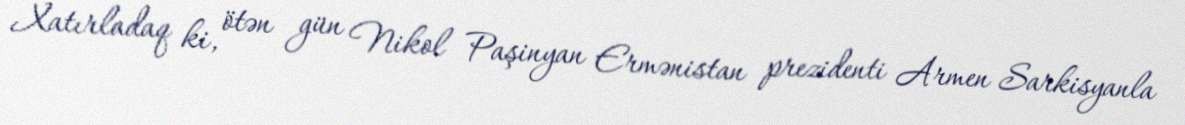
Xatırladaq ki, ötən gün Nikol Paşinyan Ermənistan prezidenti Armen Sarkisyanla